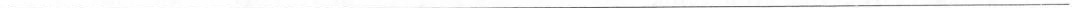
___